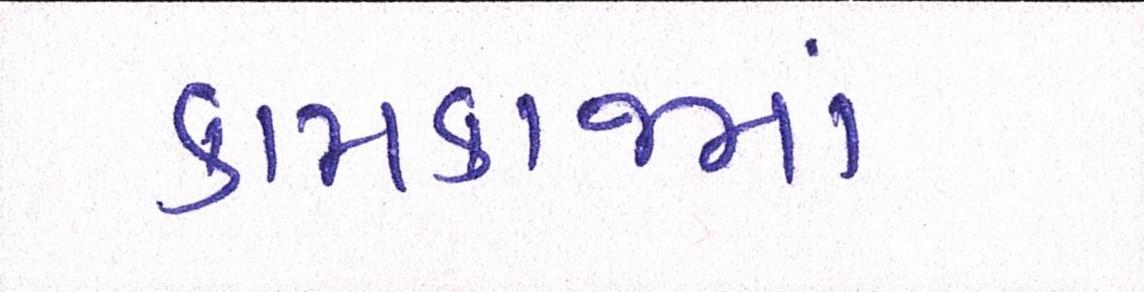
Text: કામકાજમાં